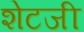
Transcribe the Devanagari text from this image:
शेटजी